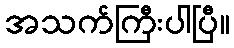
အသက်ကြီးပါပြီ။